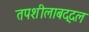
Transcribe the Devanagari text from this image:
तपशीलाबद्दल